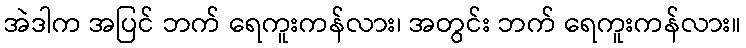
အဲဒါက အပြင် ဘက် ရေကူးကန်လား၊ အတွင်း ဘက် ရေကူးကန်လား။